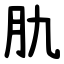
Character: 肍